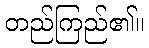
တည်ကြည်၏။